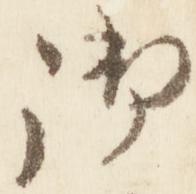
御